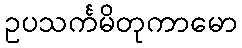
ဥပသင်္ကမိတုကာမော